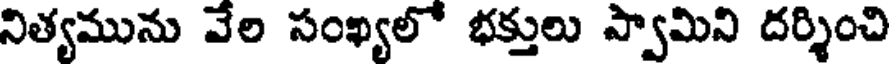
నిత్యమును వేల సంఖ్యలో భక్తులు స్వామిని దర్శించి